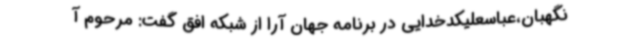
نگهبان،عباسعلیکدخدایی در برنامه جهان آرا از شبکه افق گفت: مرحوم آ